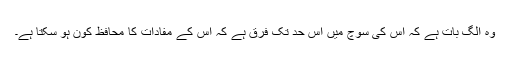
وہ الگ بات ہے کہ اس کی سوچ میں اس حد تک فرق ہے کہ اس کے مفادات کا محافظ کون ہو سکتا ہے۔